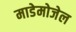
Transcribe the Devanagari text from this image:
माडेमोजेल